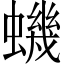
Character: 蟣